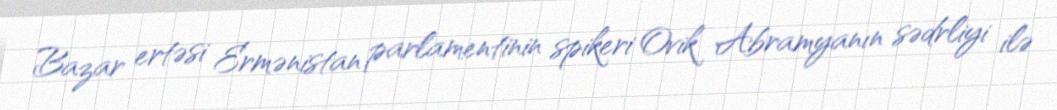
Bazar ertəsi Ermənistan parlamentinin spikeri Ovik Abramyanın sədrliyi ilə